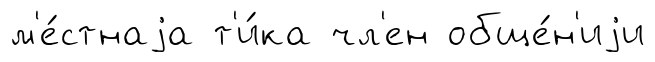
м'е́стнаjа т'и́ка чл'ен обще́н'иjи